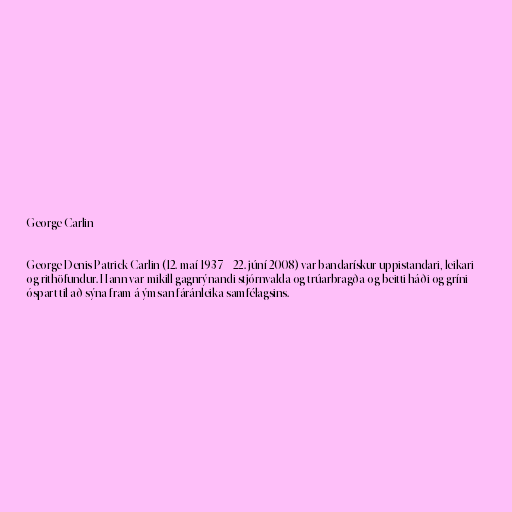
George Carlin

George Denis Patrick Carlin (12. maí 1937 – 22. júní 2008) var bandarískur uppistandari, leikari
og rithöfundur. Hann var mikill gagnrýnandi stjórnvalda og trúarbragða og beitti háði og gríni
óspart til að sýna fram á ýmsan fáránleika samfélagsins.